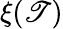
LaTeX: \xi(\mathscr{T})